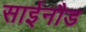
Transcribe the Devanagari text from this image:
साईनौड